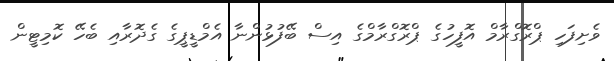
ވެށިފަހި ޕްރޮގްރާމް އޮފީހުގެ ޕްރޮގްރާމްގެ އިސް ބޭފުޅުންނާ އެމްޑީޕީގެ ގެދޮރާއި ބެހޭ ކޮމިޓީން